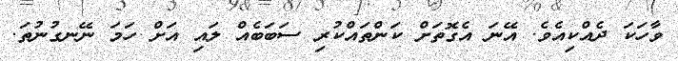
ވާހަކަ ދެއްކިއެވެ. އޭނަ އެގޮތަށް ކަންތައްކުރި ސަބަބެއް ލައި އަށް ހަމަ ނޭނގުނުތަ.